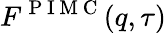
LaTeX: F^{\mathrm{~P~I~M~C~}}(q,\tau)